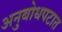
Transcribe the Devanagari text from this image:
अनुबोधपटात